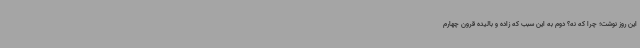
این روز نوشت؛ چرا که نه؟ دوم به این سبب که زاده و بالیده قرون چهارم